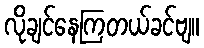
လိုချင်နေကြတယ်ခင်ဗျ။